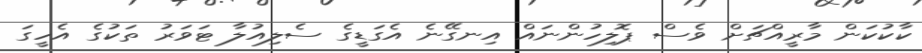
ކާކުކަން މާރީއްޗަށް ވެސް ޕޮލިހުންނައް އިނގޭނެ އެގަޑީގެ ސެލިއުލާ ޓަވަރު ތަކުގެ އެހީގަ